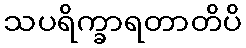
သပရိက္ခာရတာတိပိ